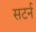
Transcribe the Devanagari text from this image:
सटर्न